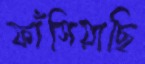
ফাঁসিয়াছি